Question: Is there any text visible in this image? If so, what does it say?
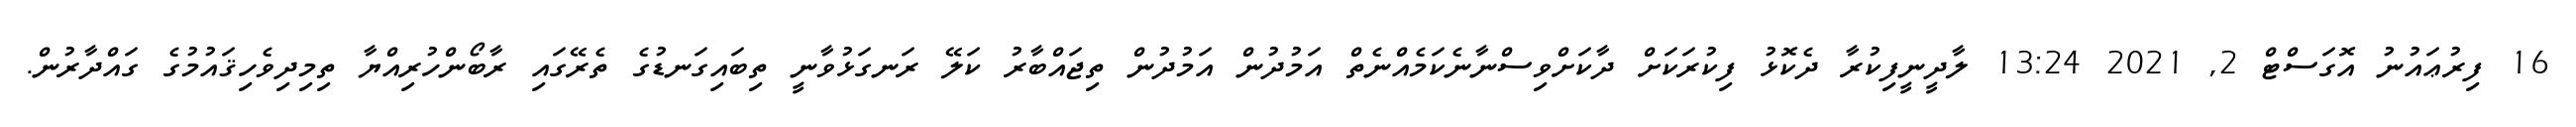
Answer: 16 ފިރުޢައުނު އޮގަސްޓް 2, 2021 13:24 ލާދީނީފިކުރާ ދެކޮޅު ފިކުރަކަށް ދާކަށްވިސްނާނެކަމެއްނެތް އަމުދުން އަމުދުން ތިޖައްބާރު ކަލޭ ރަނގަޅުވާނީ ތިބައިގަނޑުގެ ތެރޭގައި ރާބޯންހުރިއްޔާ ތިމިދިވެހިޤައުމުގެ ގައްދާރުން.